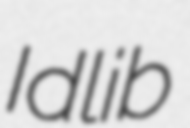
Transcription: Idlib